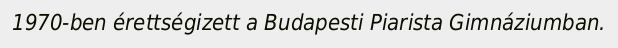
1970-ben érettségizett a Budapesti Piarista Gimnáziumban.